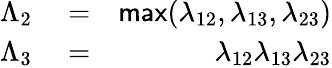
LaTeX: \begin{array}{rlr}{\Lambda_{2}}&{{}=}&{\textsf{max}(\lambda_{12},\lambda_{13},\lambda_{23})}\\ {\Lambda_{3}}&{{}=}&{\lambda_{12}\lambda_{13}\lambda_{23}}\end{array}